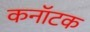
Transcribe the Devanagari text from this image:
कनॉटक